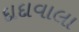
દાદાવાલા